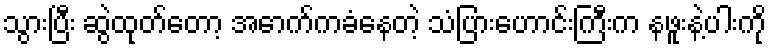
သွားပြီး ဆွဲထုတ်တော့ အောက်ကခံနေတဲ့ သံပြားဟောင်းကြီးက နဖူးနဲ့ပါးကို